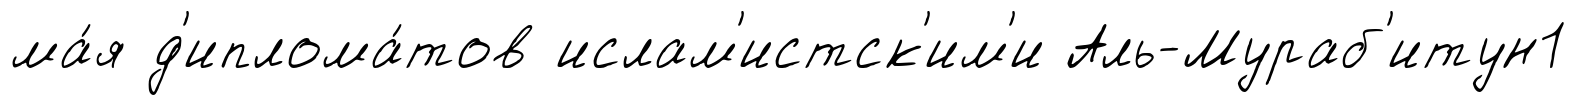
ма́я д'иплома́тов ислам'истск'им'и Аль-Мураб'итун1